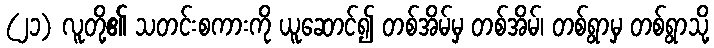
(၂၁) လူတို့၏ သတင်းစကားကို ယူဆောင်၍ တစ်အိမ်မှ တစ်အိမ်၊ တစ်ရွာမှ တစ်ရွာသို့